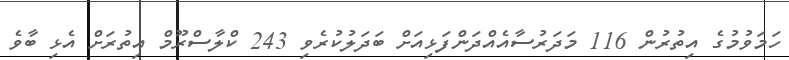
ހަމަވުމުގެ އިތުރުން 116 މަދަރުސާއެއްދަންފަޅިއަށް ބަދަލުކުރެވި 243 ކްލާސްރޫމް އިތުރަށް އެޅި ބާވެ